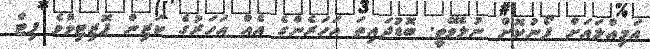
އަމިއްލައަށް ފޯނުކޮށް ނުލެވޭތީ. ބޮޑުދައިތަ އަހަރެންގެ އެއް އަހަރުގެ ކަޒިން ޕޮޒިޓިވްވެ ފިޓް